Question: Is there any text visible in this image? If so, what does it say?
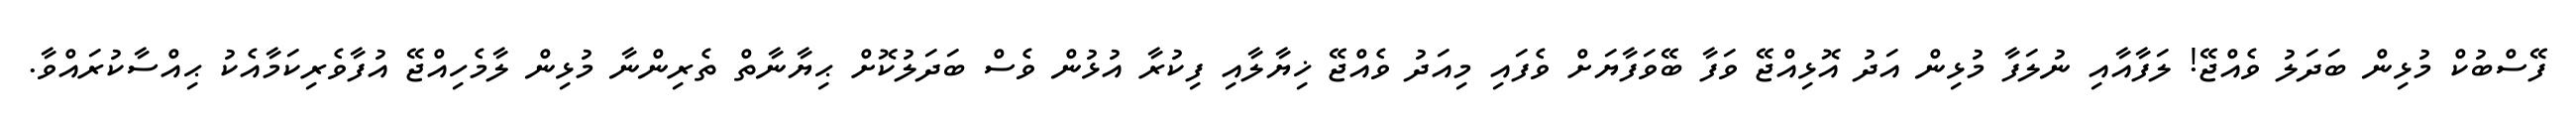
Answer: ފޭސްބުކް މުޅިން ބަދަލު ވެއްޖޭ! ލަފާއާއި ނުލަފާ މުޅިން އަދު އޮޅިއްޖޭ ވަފާ ބޭވަފާޔަށް ވެފައި މިއަދު ވެއްޖޭ ޚިޔާލާއި ފިކުރާ އުޅުން ވެސް ބަދަލުކޮށް ޙިޔާނާތް ތެރިންނާ މުޅިން ލާމެހިއްޖޭ އުފާވެރިކަމާއެކު ޙިއްސާކުރައްވާ.